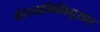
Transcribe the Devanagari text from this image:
शेतजामिनिनुसार